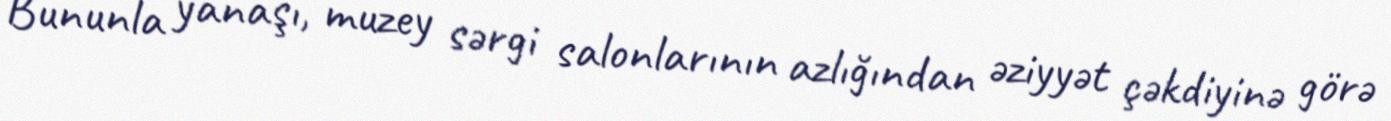
Bununla yanaşı, muzey sərgi salonlarının azlığından əziyyət çəkdiyinə görə